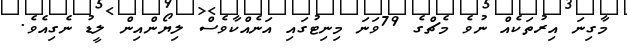
މާގިނަ އިރުތަކެއް ނުވެ މެޗްގެ 79ވަނަ މިނިޓުގައި އަނެއްކާވެސް ލިޔޯންއިން ލީޑު ނެގިއެވެ.